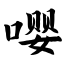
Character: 嘤